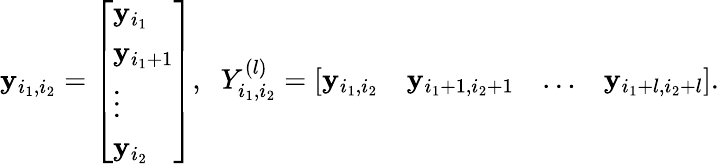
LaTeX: \begin{array}{r}{\mathbf{y}_{i_{1},i_{2}}=\left[\begin{array}{l}{\mathbf{y}_{i_{1}}}\\ {\mathbf{y}_{i_{1}+1}}\\ {\vdots}\\ {\mathbf{y}_{i_{2}}}\end{array}\right],\; \; Y_{i_{1},i_{2}}^{(l)}=\left[\begin{array}{llll}{\mathbf{y}_{i_{1},i_{2}}}&{\mathbf{y}_{i_{1}+1,i_{2}+1}}&{\ldots}&{\mathbf{y}_{i_{1}+l,i_{2}+l}}\end{array}\right].}\end{array}